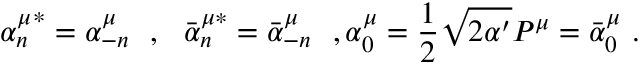
{ \alpha _ { n } ^ { \mu } } ^ { * } = \alpha _ { - n } ^ { \mu } \ \ , \ \ { \bar { \alpha } _ { n } ^ { \mu * } } = \bar { \alpha } _ { - n } ^ { \mu } \ \ , \alpha _ { 0 } ^ { \mu } = \frac { 1 } { 2 } \sqrt { 2 \alpha ^ { \prime } } P ^ { \mu } = \bar { \alpha } _ { 0 } ^ { \mu } \ .